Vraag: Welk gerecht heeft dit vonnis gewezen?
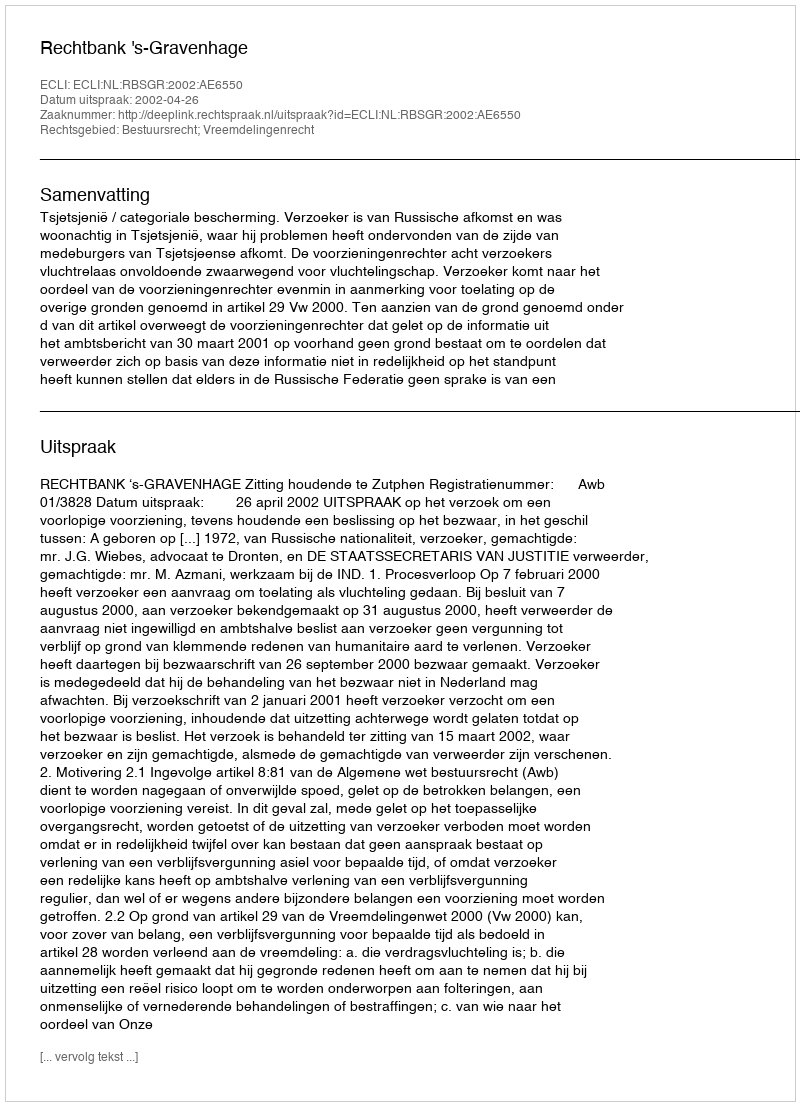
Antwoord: Rechtbank 's-Gravenhage